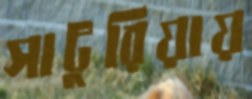
সাটুরিয়ায়